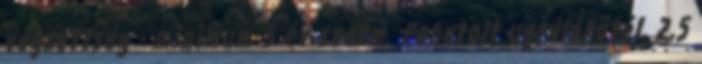
végzettség - minimum 5 év szakm. Fonatolt ugrálókötél, 2,5